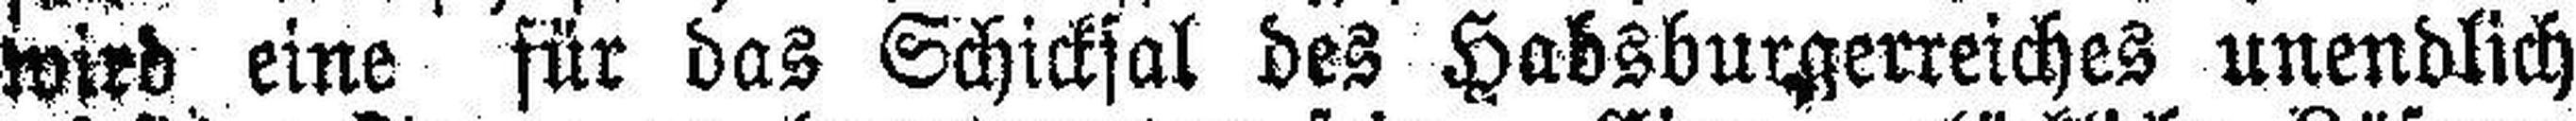
wird eine für das Schicksal des Habsburgerreiches unendlich